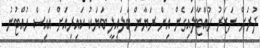
ދުރަށް ނަޒަރު ހުއްޓާލައިގެން އިން ރަޔާން ބަލައިލީ ބަޔަކު ކައިރިއަށް އައިސް ހުއްޓުނު